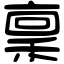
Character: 稟